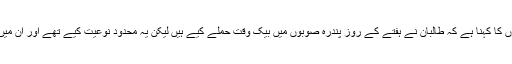
کابل میں سیکیورٹی عہدے داروں کا کہنا ہے کہ طالبان نے ہفتے کے روز پندرہ صوبوں میں بیک وقت حملے کیے ہیں لیکن یہ محدود نوعیت کیے تھے اور ان میں زیادہ تر کو پسپا کردیا گیا ہے۔